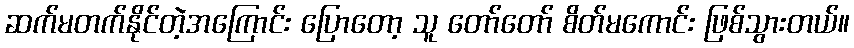
ဆက်မတက်နိုင်တဲ့အကြောင်း ပြောတော့ သူ တော်တော် စိတ်မကောင်း ဖြစ်သွားတယ်။